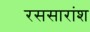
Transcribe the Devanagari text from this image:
रससारांश